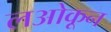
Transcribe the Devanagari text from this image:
लओकून